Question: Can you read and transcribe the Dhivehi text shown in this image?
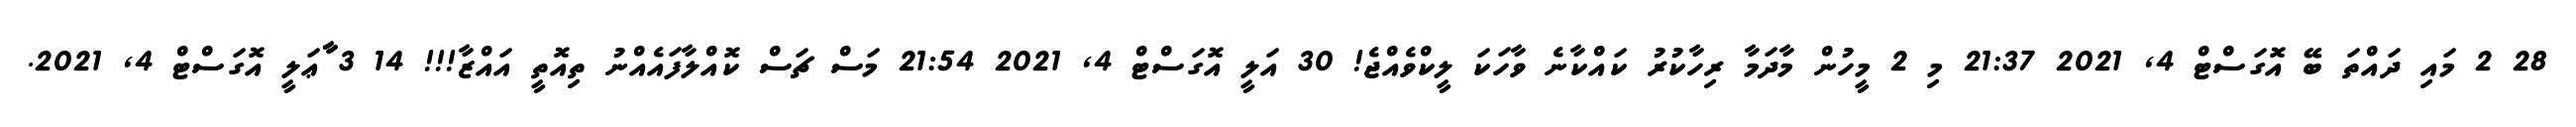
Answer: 28 2 މައި ދައްތަ ބޭ އޮގަސްޓް 4, 2021 21:37 މި 2 މީހުން މާދަމާ ރިހާކުރު ކައްކާނެ ވާހަކަ ލީކްވެއްޖެ! 30 އަލީ އޮގަސްޓް 4, 2021 21:54 މަސް ޗަސް ކޮއްލާފައެއްނު ތިއޮތީ އައްޒާ!!! 14 3 ާާާޢަލީ އޮގަސްޓް 4, 2021.